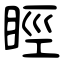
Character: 䀴